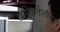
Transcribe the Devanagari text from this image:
खनिजतेलासह